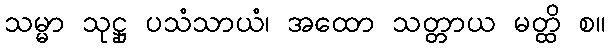
သမ္မာ သုဋ္ဌု ပသံသာယံ၊ အထော သတ္တာယ မတ္ထိ စ။